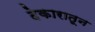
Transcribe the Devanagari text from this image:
देकारातून